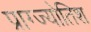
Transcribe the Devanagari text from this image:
प्राग्ज्योतिश